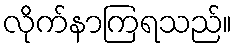
လိုက်နာကြရသည်။